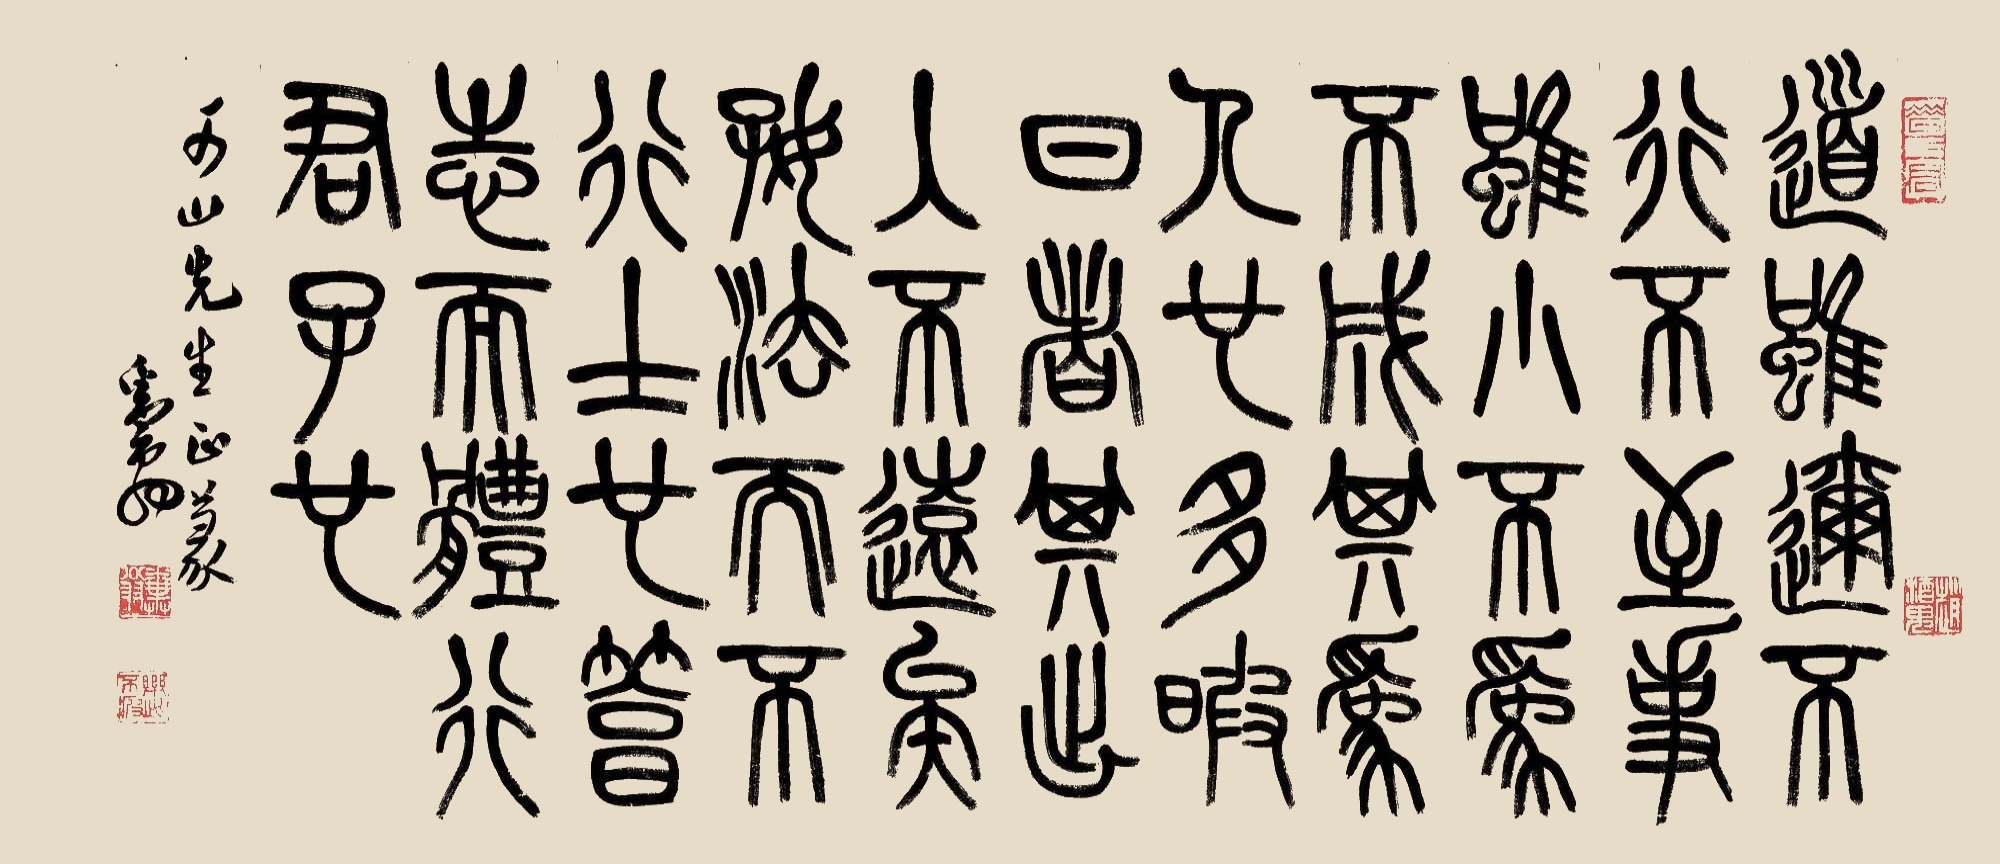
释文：道虽迩，不行不至；事虽小，不为不成。其为人也多暇日者，其出入不远矣。好法而不行，士也；笃志而体行，君子也。可山先生正篆，粪翁。